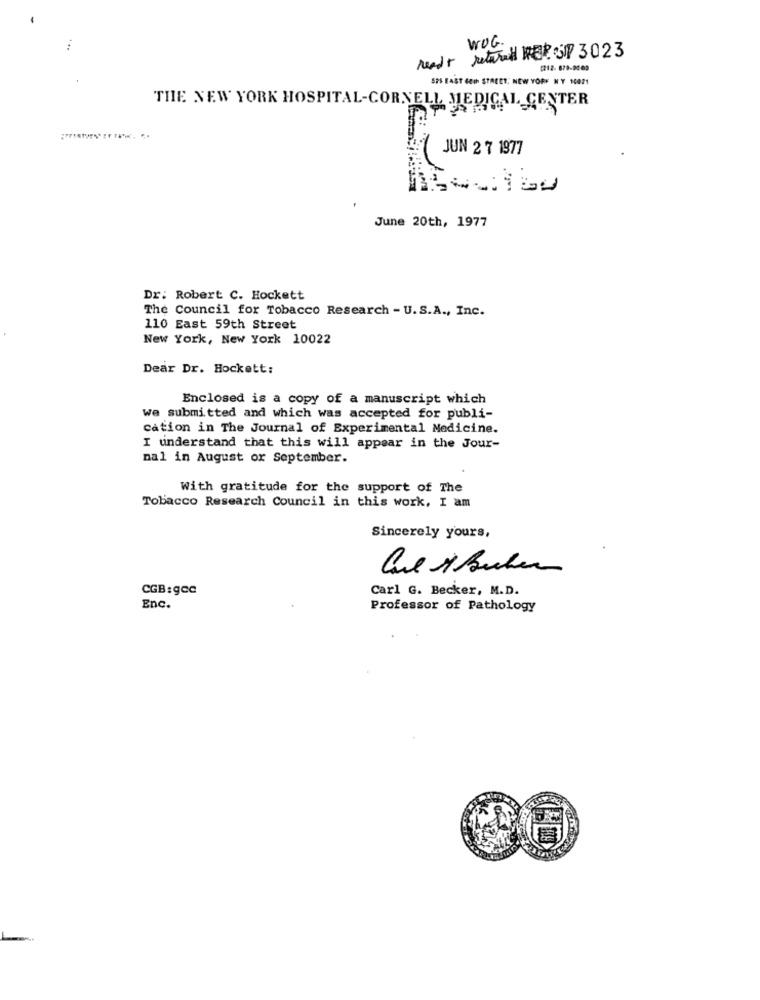
WOG.
reads returned ER SW 3023
[212- 679-800
SPS EAST GEI STREET. NEW YORF N'Y 10021
THE NEW YORK HOSPITAL-CORNELL MEDICAL CENTER
JUN 27 1977
June 20th, 1977
Dr. Robert C. Hockett
The Council for Tobacco Research - U. S.A ., Inc.
110 East 59th Street
New York, New York 10022
Dear Dr. Hockett:
Enclosed is a copy of a manuscript which
we submitted and which was accepted for publi-
cation in The Journal of Experimental Medicine.
I understand that this will appear in the Jour-
nal in August or September.
With gratitude for the support of The
Tobacco Research Council in this work, I am
Sincerely yours,
CGB:gcc
Carl G. Becker, M.D.
Enc.
Professor of Pathology